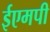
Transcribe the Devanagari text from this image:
ईएमपी